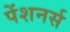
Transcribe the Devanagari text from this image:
पेंशनर्स